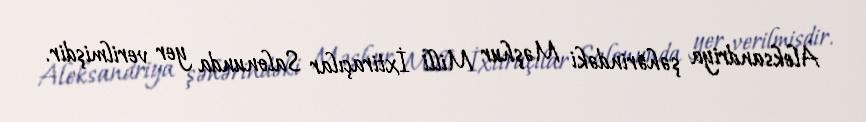
Aleksandriya şəhərindəki Məşhur Milli İxtiraçılar Salonunda yer verilmişdir.